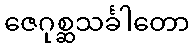
ဇေဂုစ္ဆသင်္ခါတော